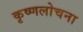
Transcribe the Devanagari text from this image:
कृष्णलोचना